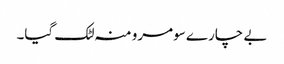
بے چارے سومرو منہ لٹک گیا۔